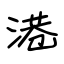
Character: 港